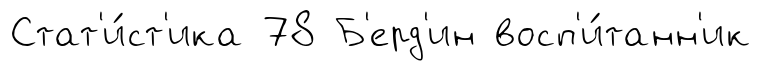
Стат'и́ст'ика 78 Б'ерд'ин восп'и́танн'ик